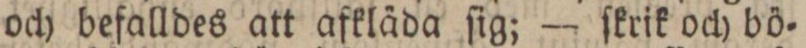
och befalldes att afkläda ſig; — ſkrik och bö=